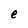
Character: e